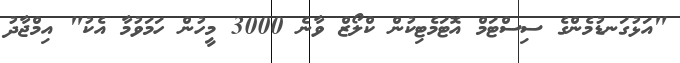
"އަޅުގަނޑުމެންގެ ސިސްޓަމް އޮޓަމެޓިކުން ކްލޯޒް ވާނެ 3000 މީހުން ހަމަވުމާ އެކު" އިމްޖާދު